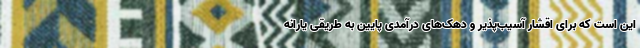
این است که برای اقشار آسیب‌پذیر و دهک‌های درآمدی پایین به طریقی یارانه